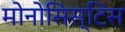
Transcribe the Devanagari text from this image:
मोनोसिस्टिस